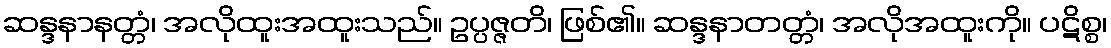
ဆန္ဒနာနတ္တံ၊ အလိုထူးအထူးသည်။ ဥပ္ပဇ္ဇတိ၊ ဖြစ်၏။ ဆန္ဒနာတတ္တံ၊ အလိုအထူးကို။ ပဋိစ္စ၊